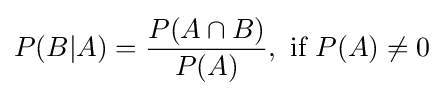
P(B\vert A)={\frac {P(A\cap B)}{P(A)}},{\text{ if }}P(A)\neq 0